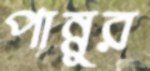
পান্নুর